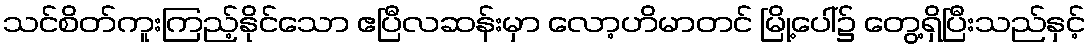
သင်စိတ်ကူးကြည့်နိုင်သော ဧပြီလဆန်းမှာ လော့ဟိမာတင် မြို့ပေါ်၌ တွေ့ရှိပြီးသည်နှင့်